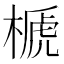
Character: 榹